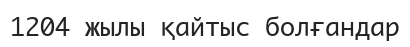
1204 жылы қайтыс болғандар